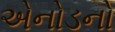
એનોડનો